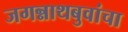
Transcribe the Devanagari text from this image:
जगन्नाथबुवांचा